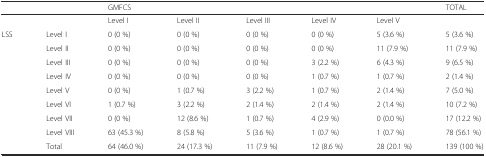
<table><thead><tr><td colspan="2"></td><td colspan="5"><b>GMFCS</b></td><td><b>TOTAL</b></td></tr></thead><tbody><tr><td colspan="2"></td><td>Level I</td><td>Level II</td><td>Level III</td><td>Level IV</td><td>Level V</td><td></td></tr><tr><td>LSS</td><td>Level I</td><td>0 (0 %)</td><td>0 (0 %)</td><td>0 (0 %)</td><td>0 (0 %)</td><td>5 (3.6 %)</td><td>5 (3.6 %)</td></tr><tr><td></td><td>Level II</td><td>0 (0 %)</td><td>0 (0 %)</td><td>0 (0 %)</td><td>0 (0 %)</td><td>11 (7.9 %)</td><td>11 (7.9 %)</td></tr><tr><td></td><td>Level III</td><td>0 (0 %)</td><td>0 (0 %)</td><td>0 (0 %)</td><td>3 (2.2 %)</td><td>6 (4.3 %)</td><td>9 (6.5 %)</td></tr><tr><td></td><td>Level IV</td><td>0 (0 %)</td><td>0 (0 %)</td><td>0 (0 %)</td><td>1 (0.7 %)</td><td>1 (0.7 %)</td><td>2 (1.4 %)</td></tr><tr><td></td><td>Level V</td><td>0 (0 %)</td><td>1 (0.7 %)</td><td>3 (2.2 %)</td><td>1 (0.7 %)</td><td>2 (1.4 %)</td><td>7 (5.0 %)</td></tr><tr><td></td><td>Level VI</td><td>1 (0.7 %)</td><td>3 (2.2 %)</td><td>2 (1.4 %)</td><td>2 (1.4 %)</td><td>2 (1.4 %)</td><td>10 (7.2 %)</td></tr><tr><td></td><td>Level VII</td><td>0 (0 %)</td><td>12 (8.6 %)</td><td>1 (0.7 %)</td><td>4 (2.9 %)</td><td>0 (0.0 %)</td><td>17 (12.2 %)</td></tr><tr><td></td><td>Level VIII</td><td>63 (45.3 %)</td><td>8 (5.8 %)</td><td>5 (3.6 %)</td><td>1 (0.7 %)</td><td>1 (0.7 %)</td><td>78 (56.1 %)</td></tr><tr><td></td><td>Total</td><td>64 (46.0 %)</td><td>24 (17.3 %)</td><td>11 (7.9 %)</td><td>12 (8.6 %)</td><td>28 (20.1 %)</td><td>139 (100 %)</td></tr></tbody></table>